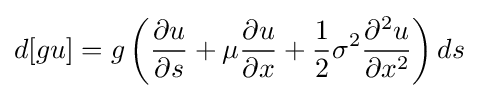
d[gu]=g\left({\frac {\partial u}{\partial s}}+\mu {\frac {\partial u}{\partial x}}+{\frac {1}{2}}\sigma ^{2}{\frac {\partial ^{2}u}{\partial x^{2}}}\right)ds